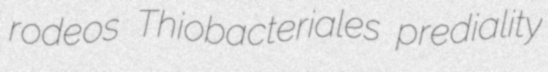
rodeos Thiobacteriales prediality